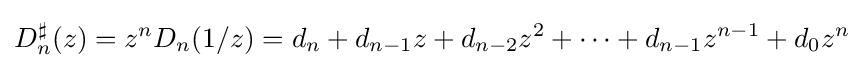
D_{n}^{\sharp }(z)=z^{n}D_{n}(1/z)=d_{n}+d_{n-1}z+d_{n-2}z^{2}+\cdots +d_{n-1}z^{n-1}+d_{0}z^{n}